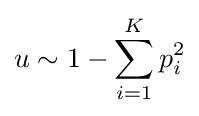
u\sim 1-\sum _{i=1}^{K}p_{i}^{2}